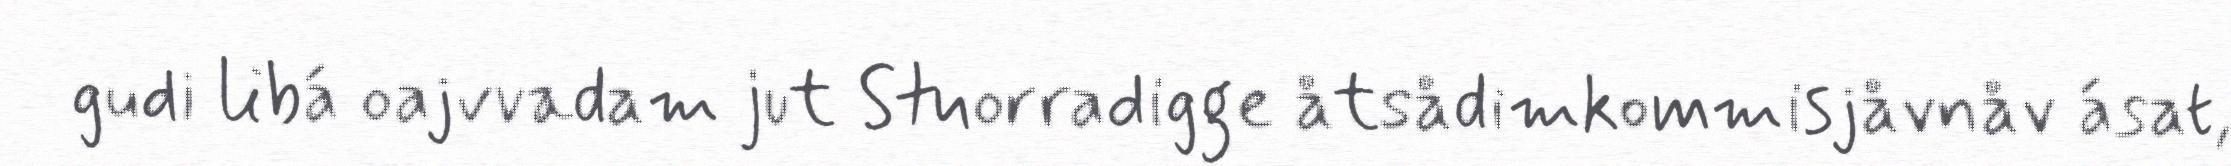
gudi libá oajvvadam jut Stuorradigge åtsådimkommisjåvnåv ásat,